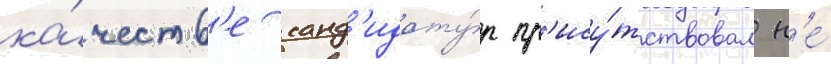
ка́честв'е канд'идату́р пр'ису́тствовал н'е́